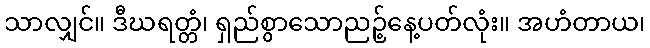
သာလျှင်။ ဒီဃရတ္တံ၊ ရှည်စွာသောညဉ့်နေ့ပတ်လုံး။ အဟံတာယ၊